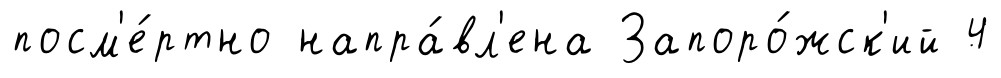
посм'е́ртно напра́вл'ена Запоро́жск'ий 4